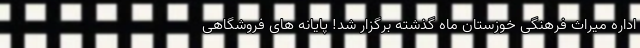
اداره میراث فرهنگی خوزستان ماه گذشته برگزار شد! پایانه های فروشگاهی